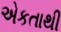
એકતાથી